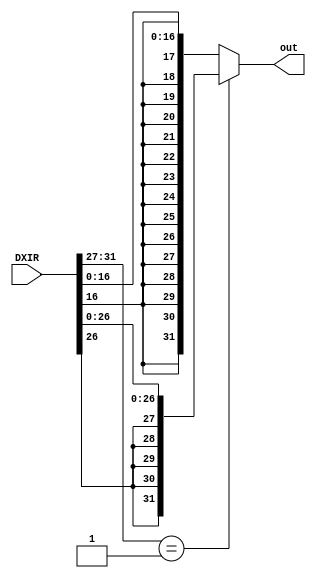
module signExtend(DXIR, out);

input [31:0] DXIR;
output [31:0] out; 

wire [31:0] imm, target;
wire [4:0] DXIROP; 

assign DXIROP = DXIR[31:27]; 

assign target[26:0] = DXIR[26:0]; 
assign target[27] = DXIR[26];
assign target[28] = DXIR[26];
assign target[28] = DXIR[26];
assign target[29] = DXIR[26];
assign target[30] = DXIR[26];
assign target[31] = DXIR[26];

assign imm[16:0] = DXIR[16:0]; 
assign imm[17] = DXIR[16];
assign imm[18] = DXIR[16];
assign imm[19] = DXIR[16];
assign imm[20] = DXIR[16];
assign imm[21] = DXIR[16];
assign imm[22] = DXIR[16];
assign imm[23] = DXIR[16];
assign imm[24] = DXIR[16];
assign imm[25] = DXIR[16];
assign imm[26] = DXIR[16];
assign imm[27] = DXIR[16];
assign imm[28] = DXIR[16];
assign imm[29] = DXIR[16];
assign imm[30] = DXIR[16];
assign imm[31] = DXIR[16];

wire targetOps;
assign targetOps = (DXIROP == 1);

assign out = targetOps ? target : imm; 

endmodule